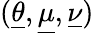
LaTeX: (\underline{{\theta}},\underline{{\mu}},\underline{{\nu}})